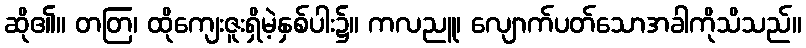
ဆို၏။ တတြ၊ ထိုကျေးဇူးရှိမဲ့နှစ်ပါး၌။ ကလညူ၊ လျောက်ပတ်သောအခါကိုသိသည်။